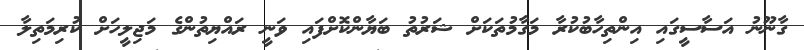
ގާނޫނު އަސާސީގައި އިންތިހާބުކުރާ މަގާމުތަކަށް ޝަރުތު ބަޔާންކޮށްފައި ވަނީ ރައްޔިތުންގެ މަޖިލީހަށް ކުރިމަތިލާ